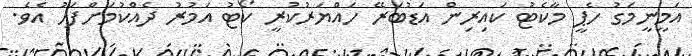
އަމީނީމަގު ހެޕީ މާކެޓު ކައިރިން އަޑުބަރޭ ހައްޔަރުކުރީ ކޯޓު އަމުރު ދެއްކުމަށްފަހު އެވެ.